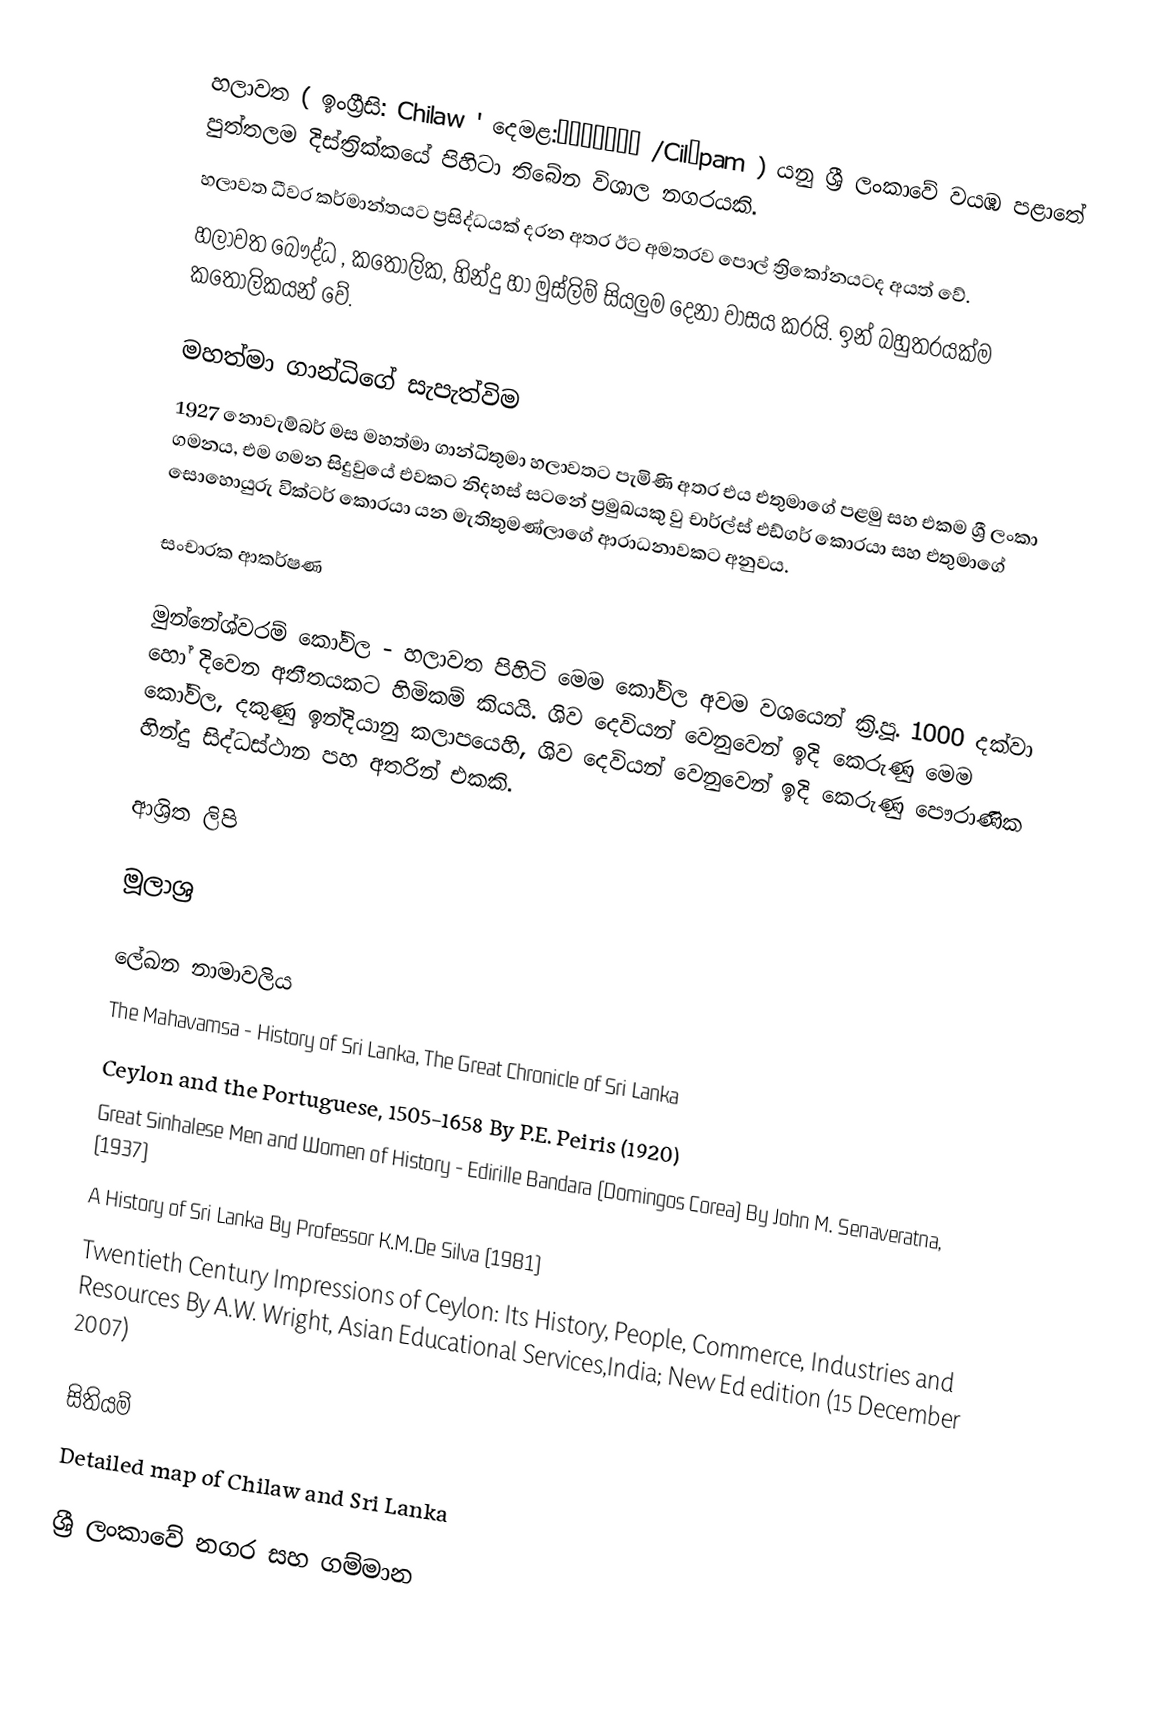
හලාවත ( ඉංග්‍රීසි: Chilaw ' දෙමළ:சிலாபம் /Cilāpam ) යනු  ශ්‍රී ලංකාවේ  වයඹ පළාතේ  පුත්තලම දිස්ත්‍රික්කයේ පිහිටා තිබේන විශාල නගරයකි.
හලාවත ධීවර කර්මාන්තයට ප්‍රසිද්ධයක් දරන අතර ඊට අමතරව පොල් ත්‍රිකෝනයටද අයත් වේ.
හලාවත බෞද්ධ , කතෝලික, හින්දු හා මුස්ලිම් සියලුම දෙනා වාසය කරයි. ඉන් බහුතරයක්ම කතෝලිකයන් වේ.

මහත්මා ගාන්ධිගේ  සැපැත්විම
1927 නොවැම්බර් මස මහත්මා ගාන්ධිතුමා හලාවතට පැමිණි අතර එය එතුමාගේ පළමු සහ එකම ශ්‍රී ලංකා ගමනය, එම ගමන සිදුවුයේ එවකට නිදහස් සටනේ ප්‍රමුඛයකු වු චාර්ල්ස් එඩ්ගර් කොරයා සහ එතුමාගේ සොහොයුරු වික්ටර් කොරයා යන මැතිතුමණ්ලාගේ ආරාධනාවකට අනුවය.

සංචාරක ආකර්ෂණ

මුන්නේශ්වරම් කෝවිල - හලාවත පිහිටි මෙම කෝවිල අවම වශයෙන් ක්‍රි.පූ. 1000 දක්වා හෝ දිවෙන අතීතයකට හිමිකම් කියයි. ශිව දෙවියන් වෙනුවෙන් ඉදි කෙරුණු මෙම කෝවිල, දකුණු ඉන්දියානු කලාපයෙහි, ශිව දෙවියන් වෙනුවෙන් ඉදි කෙරුණු පෞරාණික හින්දු සිද්ධස්ථාන පහ අතරින් එකකි.

ආශ්‍රිත ලිපි

මූලාශ්‍ර

ලේඛන නාමාවලිය
The Mahavamsa - History of Sri Lanka, The Great Chronicle of Sri Lanka
Ceylon and the Portuguese, 1505-1658  By P.E. Peiris (1920)
Great Sinhalese Men and Women of History - Edirille Bandara (Domingos Corea) By John M. Senaveratna, (1937)
A History of Sri Lanka By Professor K.M.De Silva (1981)
Twentieth Century Impressions of Ceylon: Its History, People, Commerce, Industries and Resources By A.W. Wright, Asian Educational Services,India; New Ed edition (15 December 2007)

සිතියම්
Detailed map of Chilaw and Sri Lanka

ශ්‍රී ලංකාවේ නගර සහ ගම්මාන